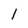
Character: 1